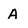
Character: A